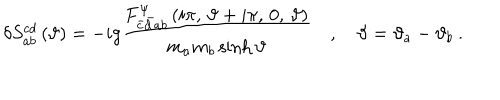
LaTeX: \delta S _ { a b } ^ { c d } \left( \vartheta \right) = - i g \frac { F _ { \bar { c } \bar { d } a b } ^ { \Psi } \left( i \pi , \, \vartheta + i \pi , \, 0 , \, \vartheta \right) } { m _ { a } m _ { b } \sinh \vartheta } \quad , \quad \vartheta = \vartheta _ { a } - \vartheta _ { b } \: .